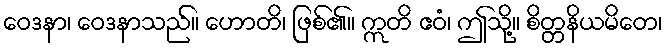
ဝေဒနာ၊ ဝေဒနာသည်။ ဟောတိ၊ ဖြစ်၏။ ဣတိ ဧဝံ၊ ဤသို့။ စိတ္တနိယမိတေ၊